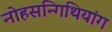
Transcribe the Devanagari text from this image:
नोहसन्गिथियांग